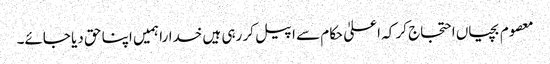
معصوم بچیاں احتجاج کر کہ اعلیٰ حکام سے اپیل کر رہی ہیں خدارا ہمیں اپنا حق دیا جائے۔